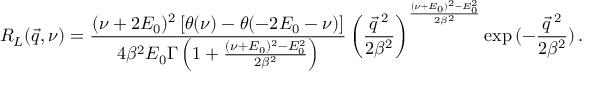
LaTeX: R _ { L } ( \vec { q } , \nu ) = \frac { ( \nu + 2 E _ { 0 } ) ^ { 2 } \left[ \theta ( \nu ) - \theta ( - 2 E _ { 0 } - \nu ) \right] } { 4 \beta ^ { 2 } E _ { 0 } \Gamma \left( 1 + \frac { ( \nu + E _ { 0 } ) ^ { 2 } - E _ { 0 } ^ { 2 } } { 2 \beta ^ { 2 } } \right) } \left( \frac { \vec { q } \, ^ { 2 } } { 2 \beta ^ { 2 } } \right) ^ { \frac { ( \nu + E _ { 0 } ) ^ { 2 } - E _ { 0 } ^ { 2 } } { 2 \beta ^ { 2 } } } \exp { ( - \frac { \vec { q } \, ^ { 2 } } { 2 \beta ^ { 2 } } ) } \, .